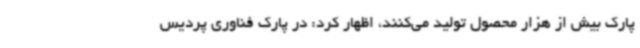
پارک بیش از هزار محصول تولید می‌کنند، اظهار کرد: در پارک فناوری پردیس